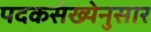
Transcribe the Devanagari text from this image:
पदकसंख्येनुसार